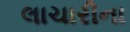
લાચારીના